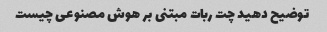
توضیح دهید چت ربات مبتنی بر هوش مصنوعی چیست